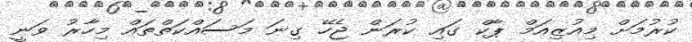
ކުރުމަށް މިއުޒިއަމް ޕާކް ގައި ކުރަން ޖެހޭ ގިނަ މަސައްކަތްތައް މިހާރު ވަނީ